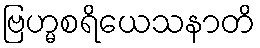
ဗြဟ္မစရိယေသနာတိ